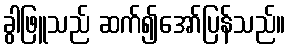
ခွါဖြူသည် ဆက်၍အော်ပြန်သည်။